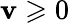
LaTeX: \mathbf{v}\geqslant0